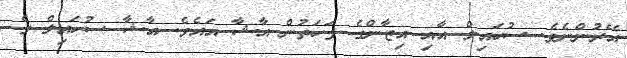
އޭރުންނެވެ. ސުހައިލް އާއި އިޒާންގެ ފަހަތުން އާޝާ އައެވެ. އާޝާ ސުހައިލް ގެ